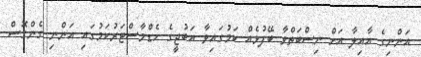
އަންނިގެ އާއިލާ އަށް ނިސްބަތްވާ ބޭފުޅެއް ކަމުގައިވާ އަބުޖީގެ ހެޑްމާސްޓަރުކަމުގައި އަންނި ގެންގޮސް